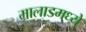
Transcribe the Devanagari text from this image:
मालाडमध्ये